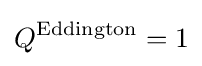
Q^{\text{Eddington}}=1